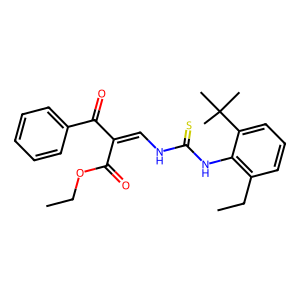
SMILES: CCOC(=O)C(=CNC(=S)Nc1c(CC)cccc1C(C)(C)C)C(=O)c1ccccc1
Inhibits HIV replication: No